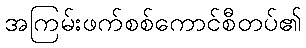
အကြမ်းဖက်စစ်ကောင်စီတပ်၏